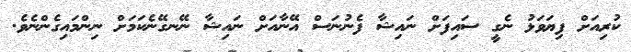
ކުރިއަށް ފިޔަވަޅު ނެގީ ސައިފަށް ނައިޝާ ފެނުނަސް އޭނާއަށް ނައިޝާ ނޭނގޭނެކަމަށް ނިންމައިގެންނެވެ.